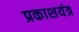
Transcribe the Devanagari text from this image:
प्रकाशयंत्र